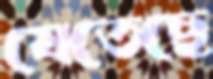
যেতেছে